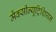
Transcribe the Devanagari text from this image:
मैक्सीन्यूट्रिशियन